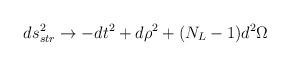
LaTeX: \begin{align*}ds^2_{str} \rightarrow-dt^2 + d\rho^2 + (N_L-1) d^2 \Omega\end{align*}